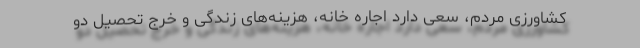
کشاورزی مردم، سعی دارد اجاره خانه، هزینه‌های زندگی و خرج تحصیل دو